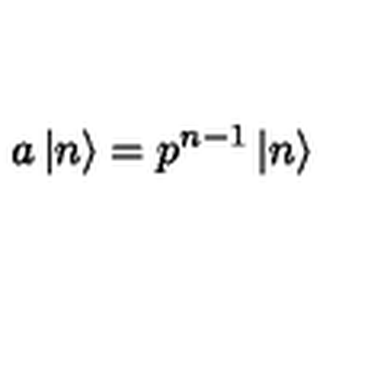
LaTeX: a \left| n \right\rangle = p ^ { n - 1 } \left| n \right\rangle